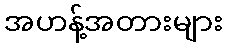
အဟန့်အတားများ